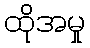
ထိုအမှု